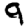
Digit: 9